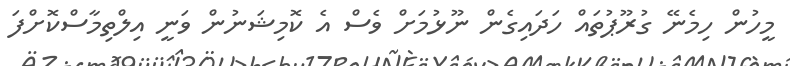
މީހުން ހިމެނޭ ގުރޫޕުތައް ހަދައިގެން ނޫޅުމަށް ވެސް އެ ކޮމިޝަނުން ވަނީ އިލްތިމާސްކޮށްފަ